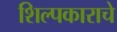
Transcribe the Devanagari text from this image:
शिल्पकाराचे